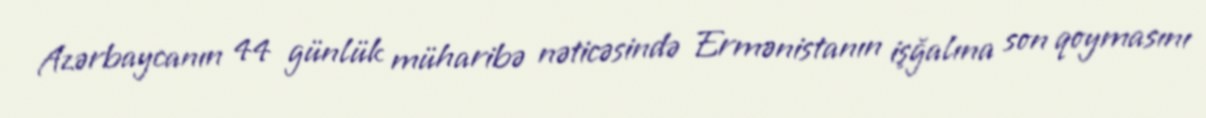
Azərbaycanın 44 günlük müharibə nəticəsində Ermənistanın işğalına son qoymasını